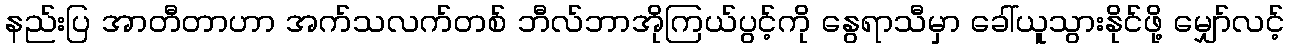
နည်းပြ အာတီတာဟာ အက်သလက်တစ် ဘီလ်ဘာအိုကြယ်ပွင့်ကို နွေရာသီမှာ ခေါ်ယူသွားနိုင်ဖို့ မျှော်လင့်